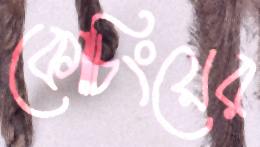
কোচিংয়ের